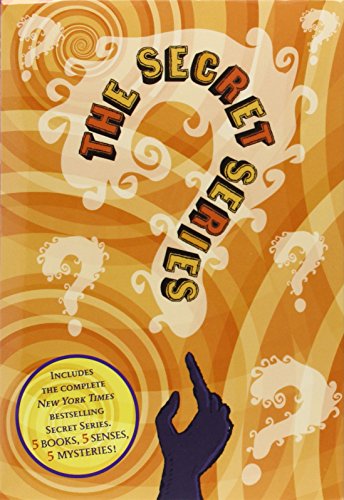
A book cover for The Secret Series Complete Collection; Pseudonymous Bosch; Children's Books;